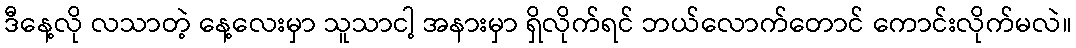
ဒီနေ့လို လသာတဲ့ နေ့လေးမှာ သူသာငါ့ အနားမှာ ရှိလိုက်ရင် ဘယ်လောက်တောင် ကောင်းလိုက်မလဲ။